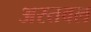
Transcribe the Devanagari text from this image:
अस्तवल